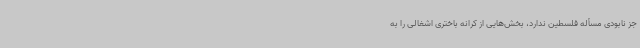
جز نابودی مسأله فلسطین ندارد، بخش‌هایی از کرانه باختری اشغالی را به